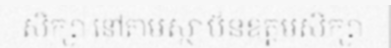
សិក្សា នៅតាមស្ថាប័នឧត្តមសិក្សា